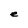
Character: e